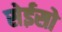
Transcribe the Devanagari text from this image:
सेईसो